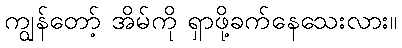
ကျွန်တော့် အိမ်ကို ရှာဖို့ခက်နေသေးလား။